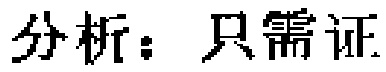
分析：只需证